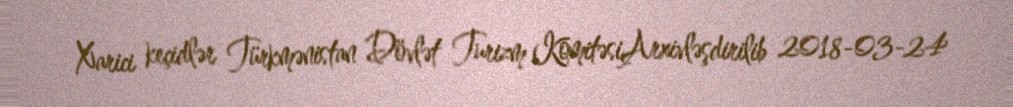
Xarici keçidlər Türkmənistan Dövlət Turizm KomitəsiArxivləşdirilib 2018-03-24